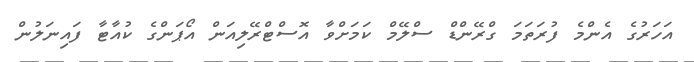
އަހަރުގެ އެންމެ ފުރަތަމަ ގްރޭންޑް ސްލޭމް ކަމަށްވާ އޮސްޓްރޭލިއަން އޯޕަންގެ ކުއާޓާ ފައިނަލުން